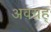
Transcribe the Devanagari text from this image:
अवग्रह्